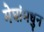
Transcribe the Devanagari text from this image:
मेघांमधुन